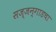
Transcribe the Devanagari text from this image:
सज्जन्गाडचा